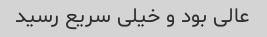
عالی بود و خیلی سریع رسید